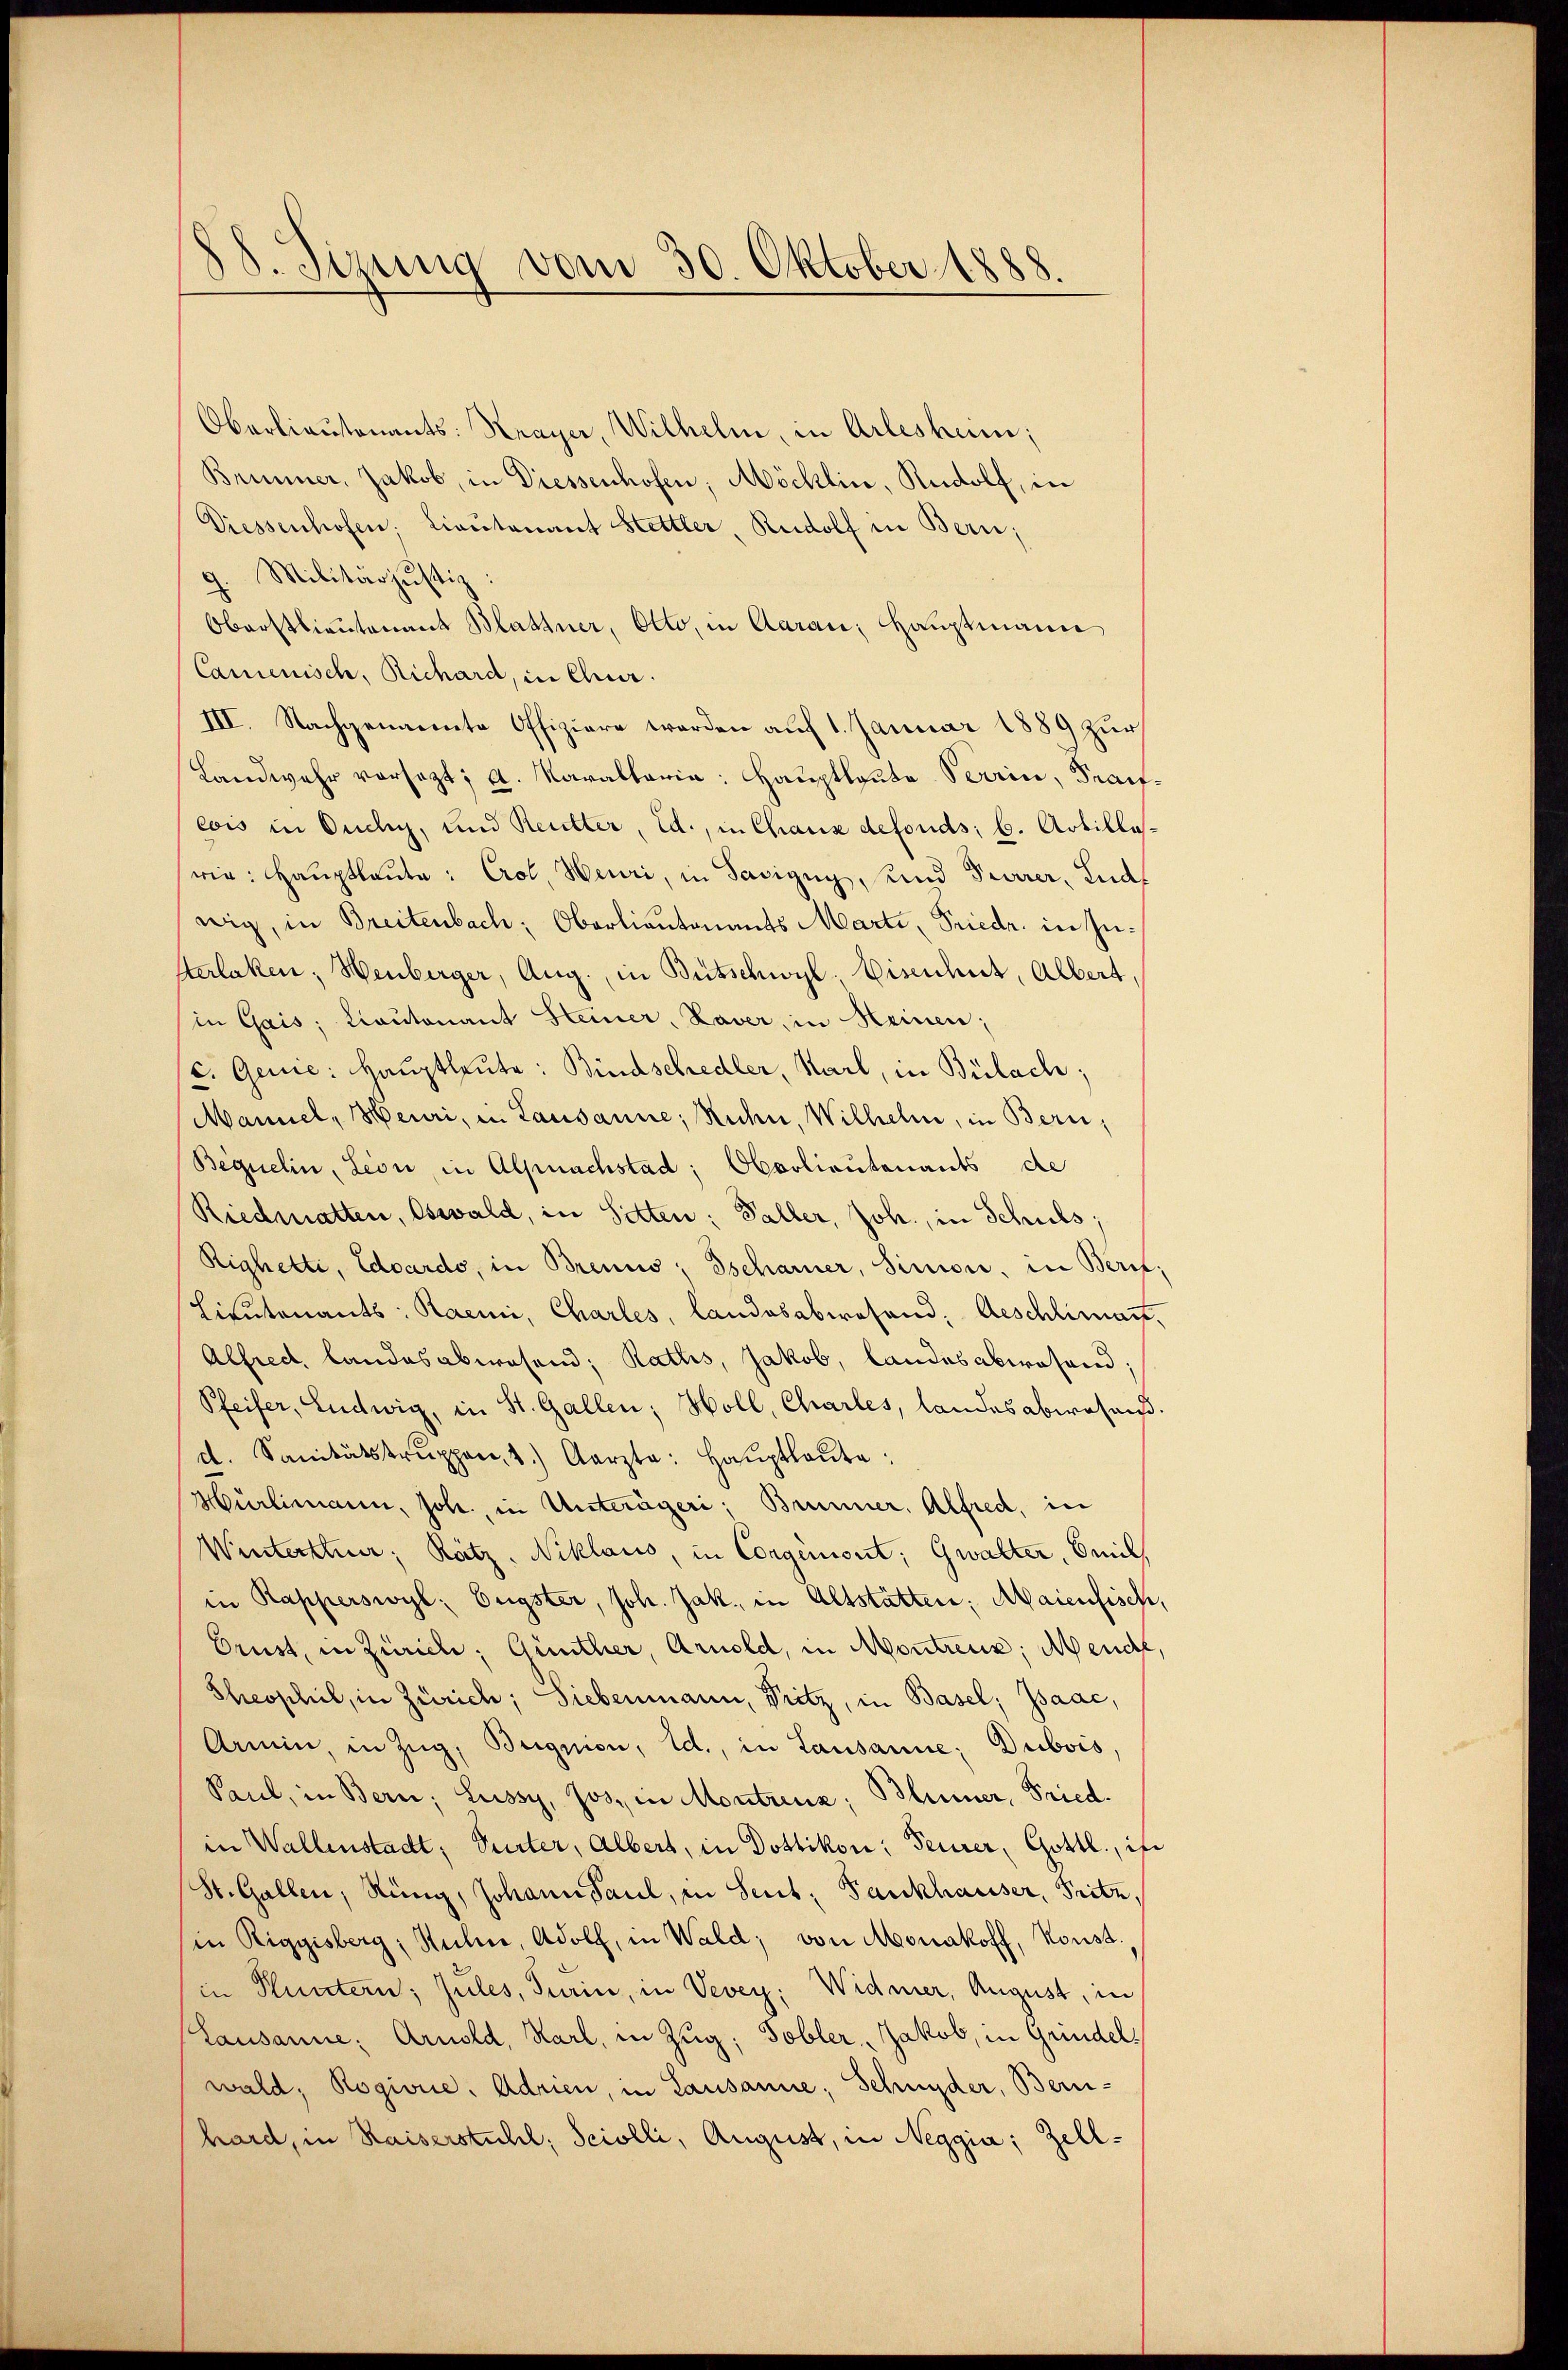
88. Sizung vom 30. Oktober 1888

Oberlieutenants: Krayer, Wilhelm, in Arlesheim;
Brunner, Jakob, in Diessenhofen; Möcklin, Rudolf, in
Diessenhofen. Cantonant Hettler, Rudolf in Bern;
g. Militärjustiz:
Oberstlieutenant Blattner, Otto, in Aarau Hauptmann
Camenisch, Richard, in Chur.
III. Nachgemeinte Offiziere werden auf 1. Januar 1889 zur
Landwehr vorsezt; A. Karaltaria: Hauptleute Verrin, Traifeois in Ouchig, und Reutter, Ed., in Chaus defonds; b. Artilloswie: Haŭptleŭte: Crol. Heuri, in Sacizug, und Feurer, Lud
wig, in Breitenbach, Oberlieutenants Marti, Friedr. in Intterlaken, Wenberger, Aug. in Bütschwyl, Eisenhut, Albert,
in Gais, Cantonant Steiner, Laver, in Heinen;
c. Genic: Hauptleute: Bindschedler, Karl, in Bülach;
Mannel, Heuri, in Lausanne; Ruche, Wilhelm, in Bern,
Bequelin, Lion, in Alpnachstad; Oborlieutenants de
Riedmatten, Oswald, in Statten: Paller, Joh., in Schuls;
Righetti, Eduardo, in Brenns; Tscharner, Simon, in Beruf,
Lieutenants: Raemi, Charles, landesabwesend, Aeschlimant,
Alfred Landesabwesend: Raths, Jakob, landesabwesend:
Pfeifer, Ludwig, in St. Gallen; Holl, Charles, landesabwesend.
d. Sanitätskrŭppen, 1.) Aarzta: Haŭptleŭte:
Hürlimann, Joh. in Unterägeri; Brunner, Alfred, in
Winterthur, Ratz, Niklario, in Corginient; Gwalter, Emil
in Rapperswyl, Engster, Joh. Jak. in Altstätten; Maienfisch,
Orust, in Zürich: Günther, Arnold, in Montreux; Meuche,
Theophil, in Zürich; Siebenmann, Pritz, in Basel; Isaac,
Armin, in Zŭg, Begnion, ed., in Lausanne: Dubois,
Seul, in Bern, Lussy, Jos. in Montrenz; Blümer, Fried
in Wallenstadt, Vater, Albert, in Dottikon: Feurer, Gottl., in
St. Gallen, Ring, Johann Paul, in Sent: Fankhauser, Pritz,
in Riggisberg, Hühne, Adolf, in Wald; von Monakoff, Konst,
in Pluntern; Zules, Sain, in Vevey: Widmer, August, in
Lausanne: Arnold, Karl, in Zug; Tobler, Jakob, in Grindel
wald, Rogione. Adrien, in Lausanne, Schnyder, Bern-
hard, in Kaiserstuhl, Scilli, August, in Neggia; Zell¬